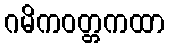
ဂမိကဝတ္တကထာ